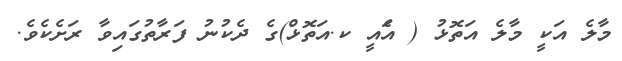
މާލެ އަކީ މާލެ އަތޮޅު ( އެައީ ކ.އަތޮޅް)ގެ ދެކުނު ފަރާތުގައިވާ ރަށެކެވެ.